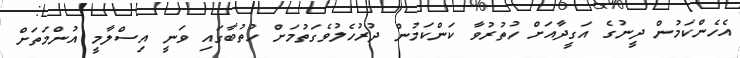
އެހެންކަމުން ދީނުގެ އަގީދާއަށް ހުތުރުވާ ކަންކަމުން ދުރުހެލުވެގަތުމަށް ހުތުބާގައި ވަނީ އިސްލާމީ އުންމަތަށް